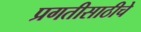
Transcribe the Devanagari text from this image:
प्रगतीसाठीचे